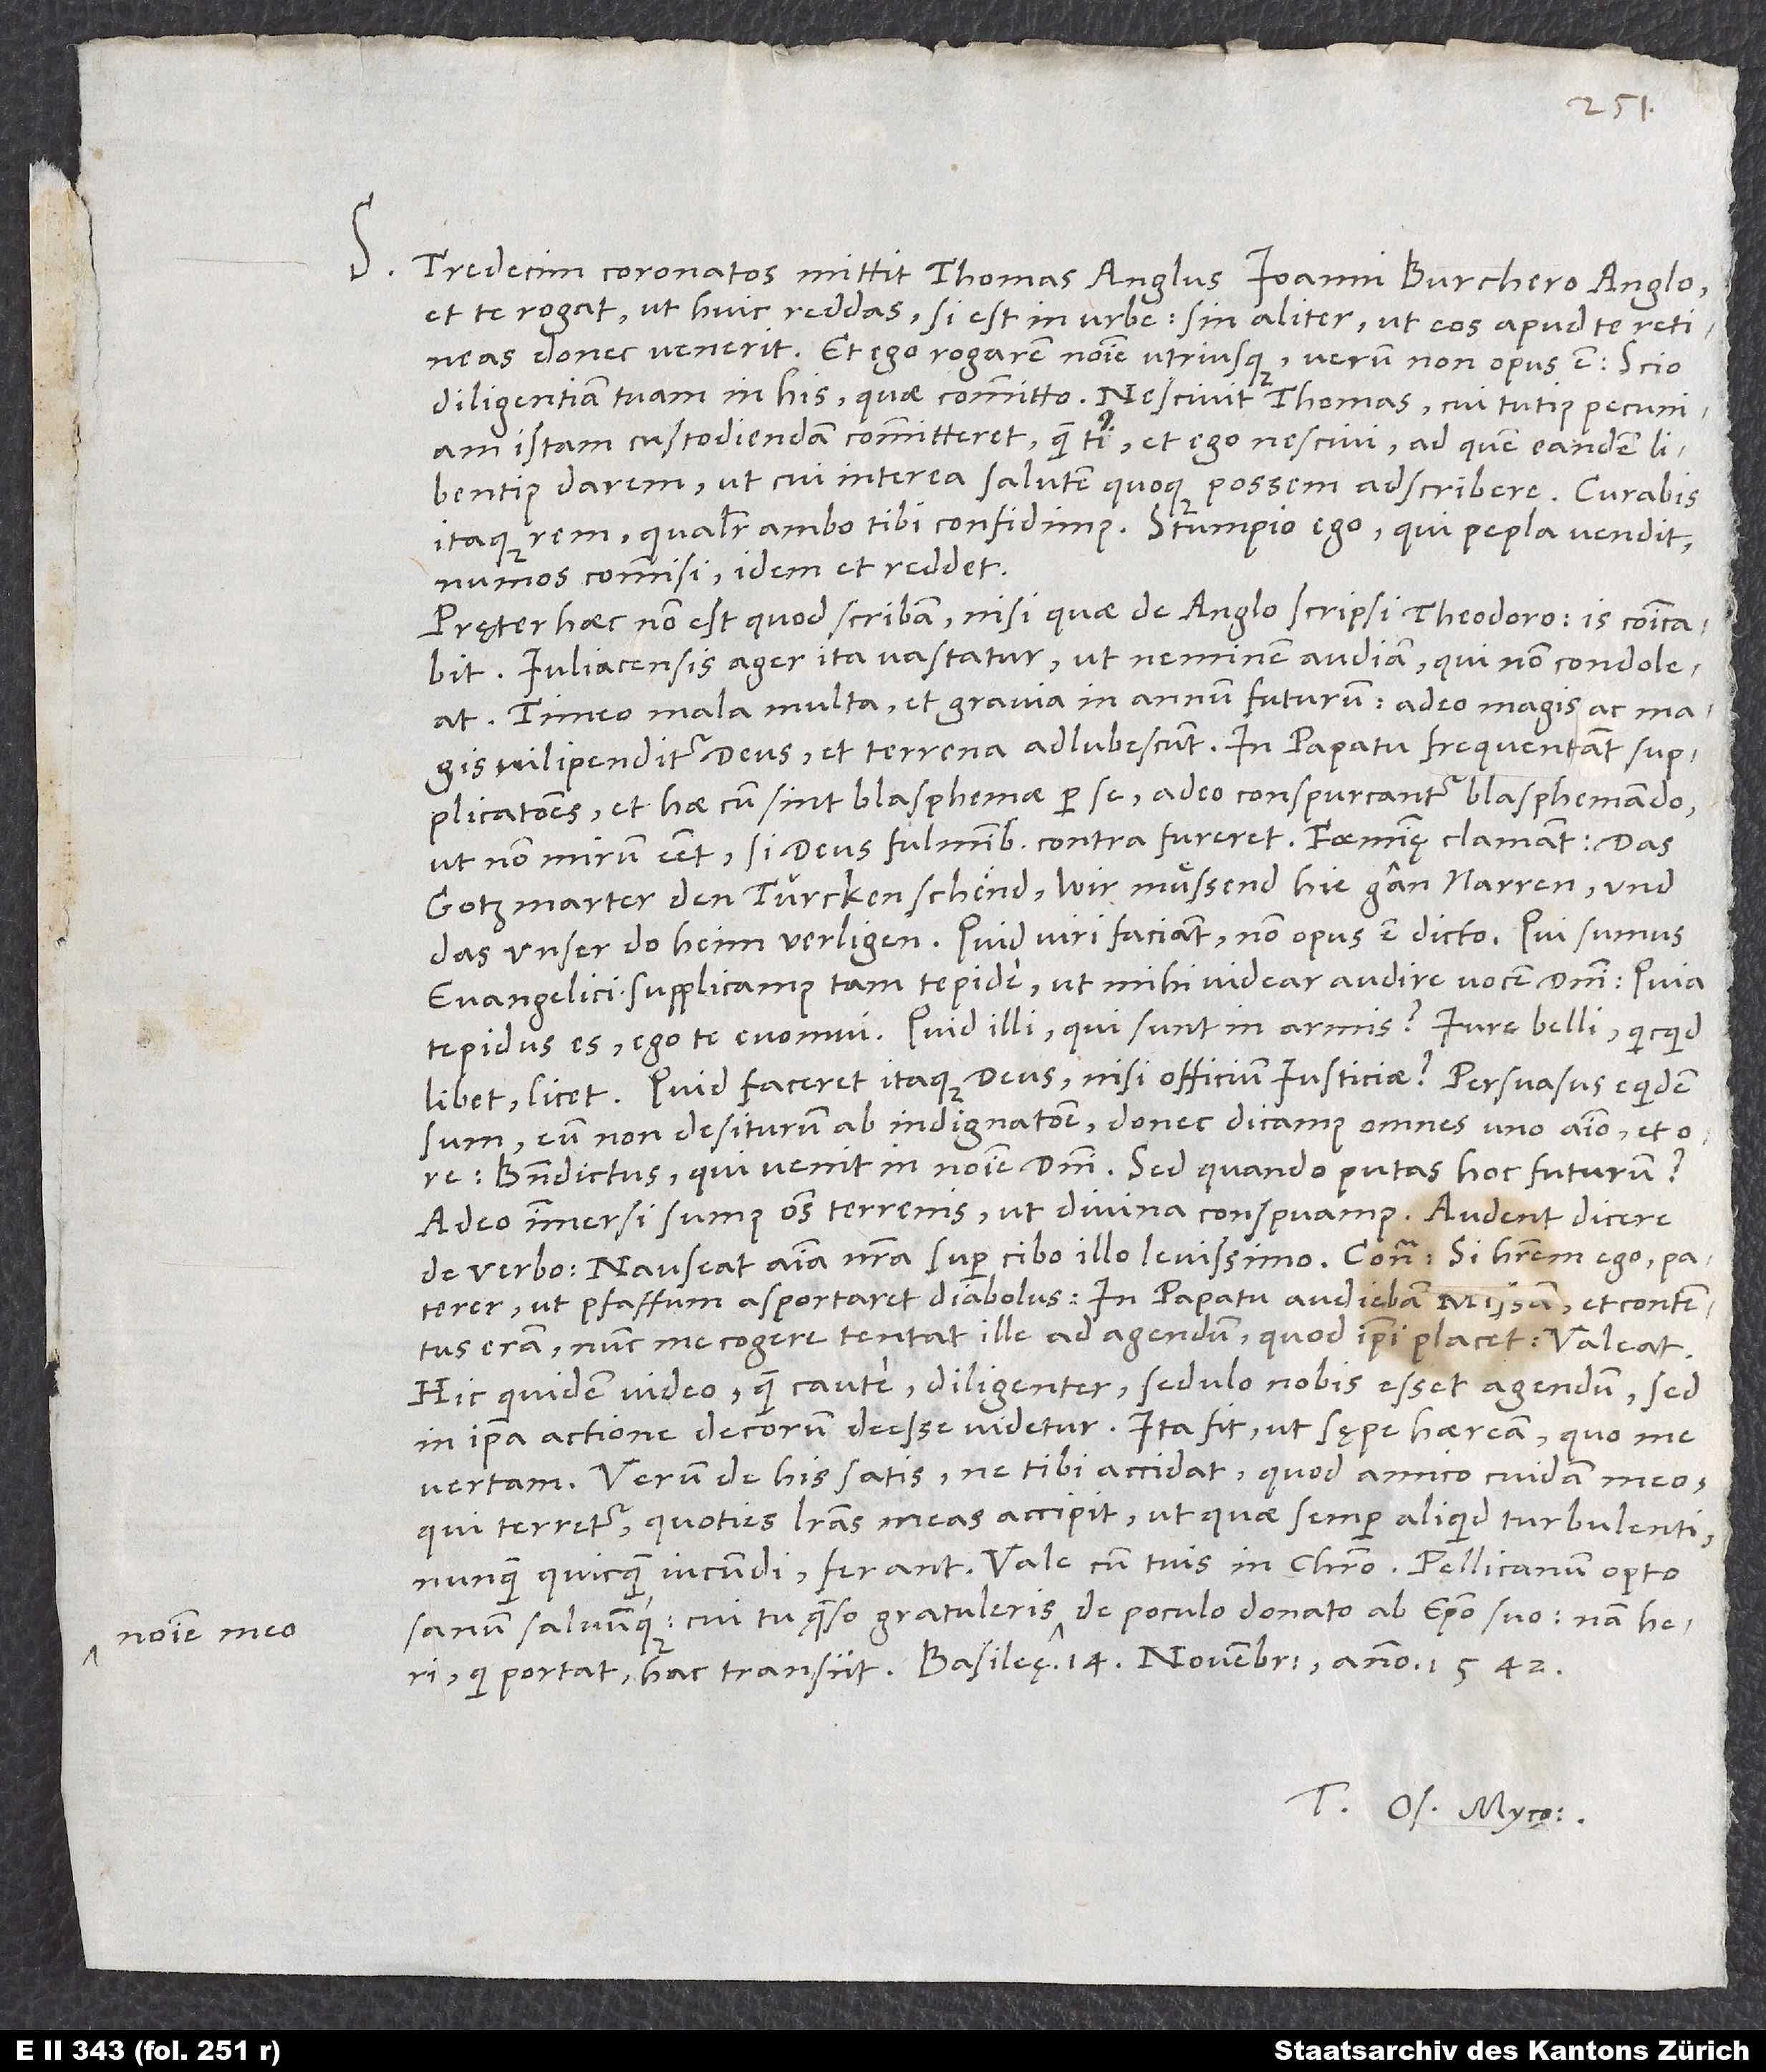
Tredecim coronatos mittit Thomas Anglus Ioanni Burchero Anglo
et te rogat, ut huic reddas, si est in urbe, sin aliter, ut eos apud te retineas,
donec venerit. Et ego rogarem nomine utriusque, verum non opus est; scio
diligentiam tuam in his, quae committo. Nescit Thomas, cui tutius pecuniam
istam custodiendam committeret quam tibi, et ego nescivi, ad quem eandem libentius
darem, ut cui interea salutem quoque possem adscribere. Curabis
itaque rem, qualiter ambo tibi confidimus. Stumpio ego, qui pepla vendit,
nummos commisi; idem et reddet.
Pręter haec non est, quod scribam, nisi quae de Anglo scripsi Theodoro; is communicabit.
Iuliacensis ager ita vastatur, ut neminem audiam, qui non condoleat.
Timeo mala multa et gravia in annum futurum, adeo magis ac magis
vilipenditur deus et terrena adlubescunt. In papatu frequentant supplicationes,
et hae, cum sint blasphemae per se, adeo conspurcantur blasphemando,
ut non mirum esset, si deus fulminibus contra fureret. Foeminę clamant: „Das
gotzmarter den Türcken schend; wir muͤssend hie gan narren und
das unser doheim verligen.“ Quid viri faciant, non opus est dicto. Qui sumus
evangelici, supplicamus tam tepide, ut mihi videar audire vocem domini: „Quia
tepidus es, ego te evomui.“ Quid illi, qui sunt in armis? Iure belli, quicquid
sum eum non desiturum ab indignatione, donec dicamus omnes uno animo et
„Benedictus, qui venit in nomine domini.“ Sed quando putas hoc futurum?
Adeo immersi sumus omnes terrenis, ut divina conspuamus. Audent dicere
de verbo: „Nauseat anima nostra super cibo illo levissimo.“ Contra: „Si haberem ego, paterer,
ut pfaffum asportaret diabolus. In papatu audiebam missam et contentus
eram; nunc me cogere tentat ille ad agendum, quod ipsi placet. Valeat.“
Hic quidem video, quam caute, diligenter, sedulo nobis esset agendum; sed
in ipsa actione decorum deesse videtur. Ita fit, ut sępe haeream, quo me
vertam. Verum de his satis, ne tibi accidat, quod amico cuidam meo,
qui terretur, quoties literas meas accipit, ut quae semper aliquid turbulenti,
Tuus Os. Myco.